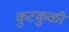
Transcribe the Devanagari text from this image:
कुटकुळी